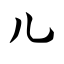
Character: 儿